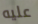
عليه